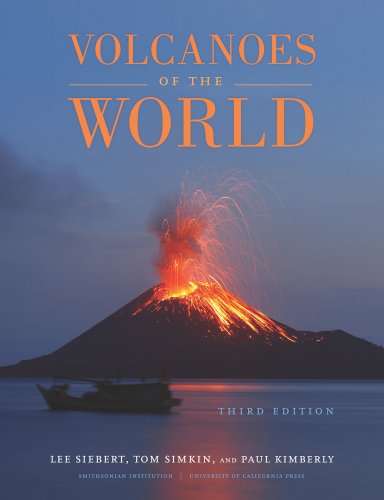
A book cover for Volcanoes of the World; Lee Siebert; Science & Math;